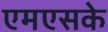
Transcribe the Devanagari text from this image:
एमएसके